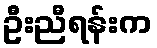
ဦးညီရန်းက